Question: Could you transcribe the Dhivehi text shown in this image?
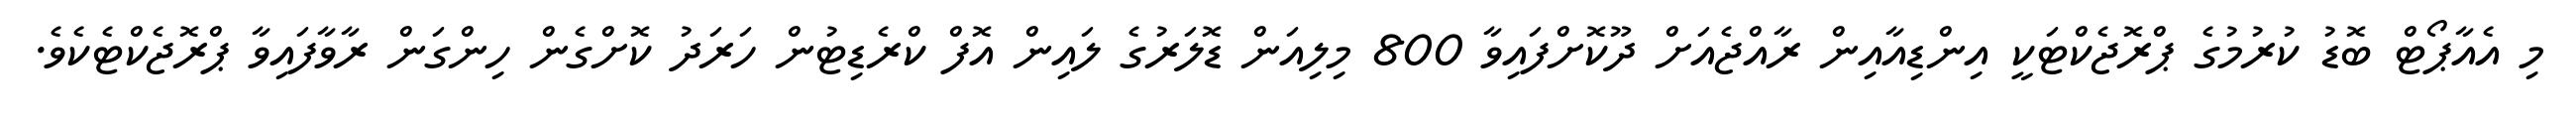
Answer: މި އެއާޕޯޓް ބޮޑު ކުރުމުގެ ޕްރޮޖެކްޓަކީ އިންޑިއާއިން ރާއްޖެއަށް ދޫކޮށްފައިވާ 800 މިލިއަން ޑޮލަރުގެ ލައިން އޮފް ކްރެޑިޓުން ހަރަދު ކޮށްގެން ހިންގަން ރާވާފައިވާ ޕްރޮޖެކްޓެކެވެ.